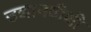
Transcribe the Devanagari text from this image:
उद्यानवीथी